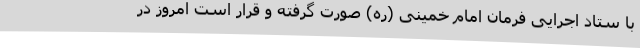
با ستاد اجرایی فرمان امام خمینی (ره) صورت گرفته و قرار است امروز در